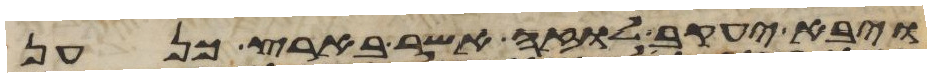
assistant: ויבא יעקב לוזה אשר בארץ כנען